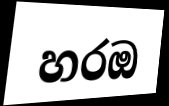
හරඔ